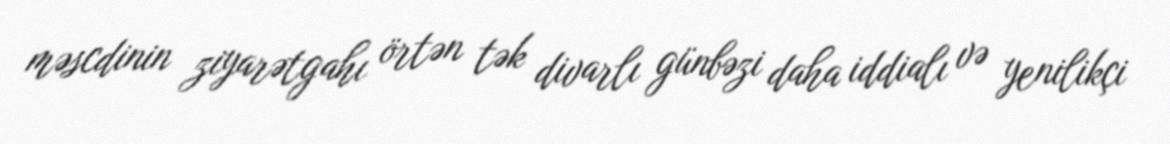
məscdinin ziyarətgahı örtən tək divarlı günbəzi daha iddialı və yenilikçi